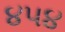
૪૫૪